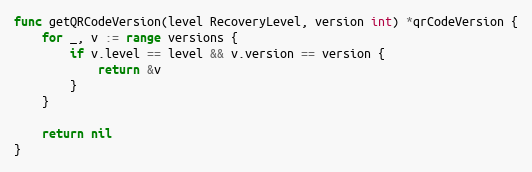
Language: Go
func getQRCodeVersion(level RecoveryLevel, version int) *qrCodeVersion {
	for _, v := range versions {
		if v.level == level && v.version == version {
			return &v
		}
	}

	return nil
}